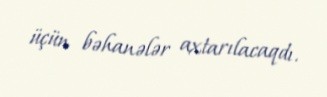
üçün bəhanələr axtarılacaqdı.